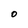
Character: O